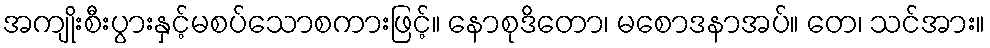
အကျိုးစီးပွားနှင့်မစပ်သောစကားဖြင့်။ နောစုဒိတော၊ မစောဒနာအပ်။ တေ၊ သင်အား။